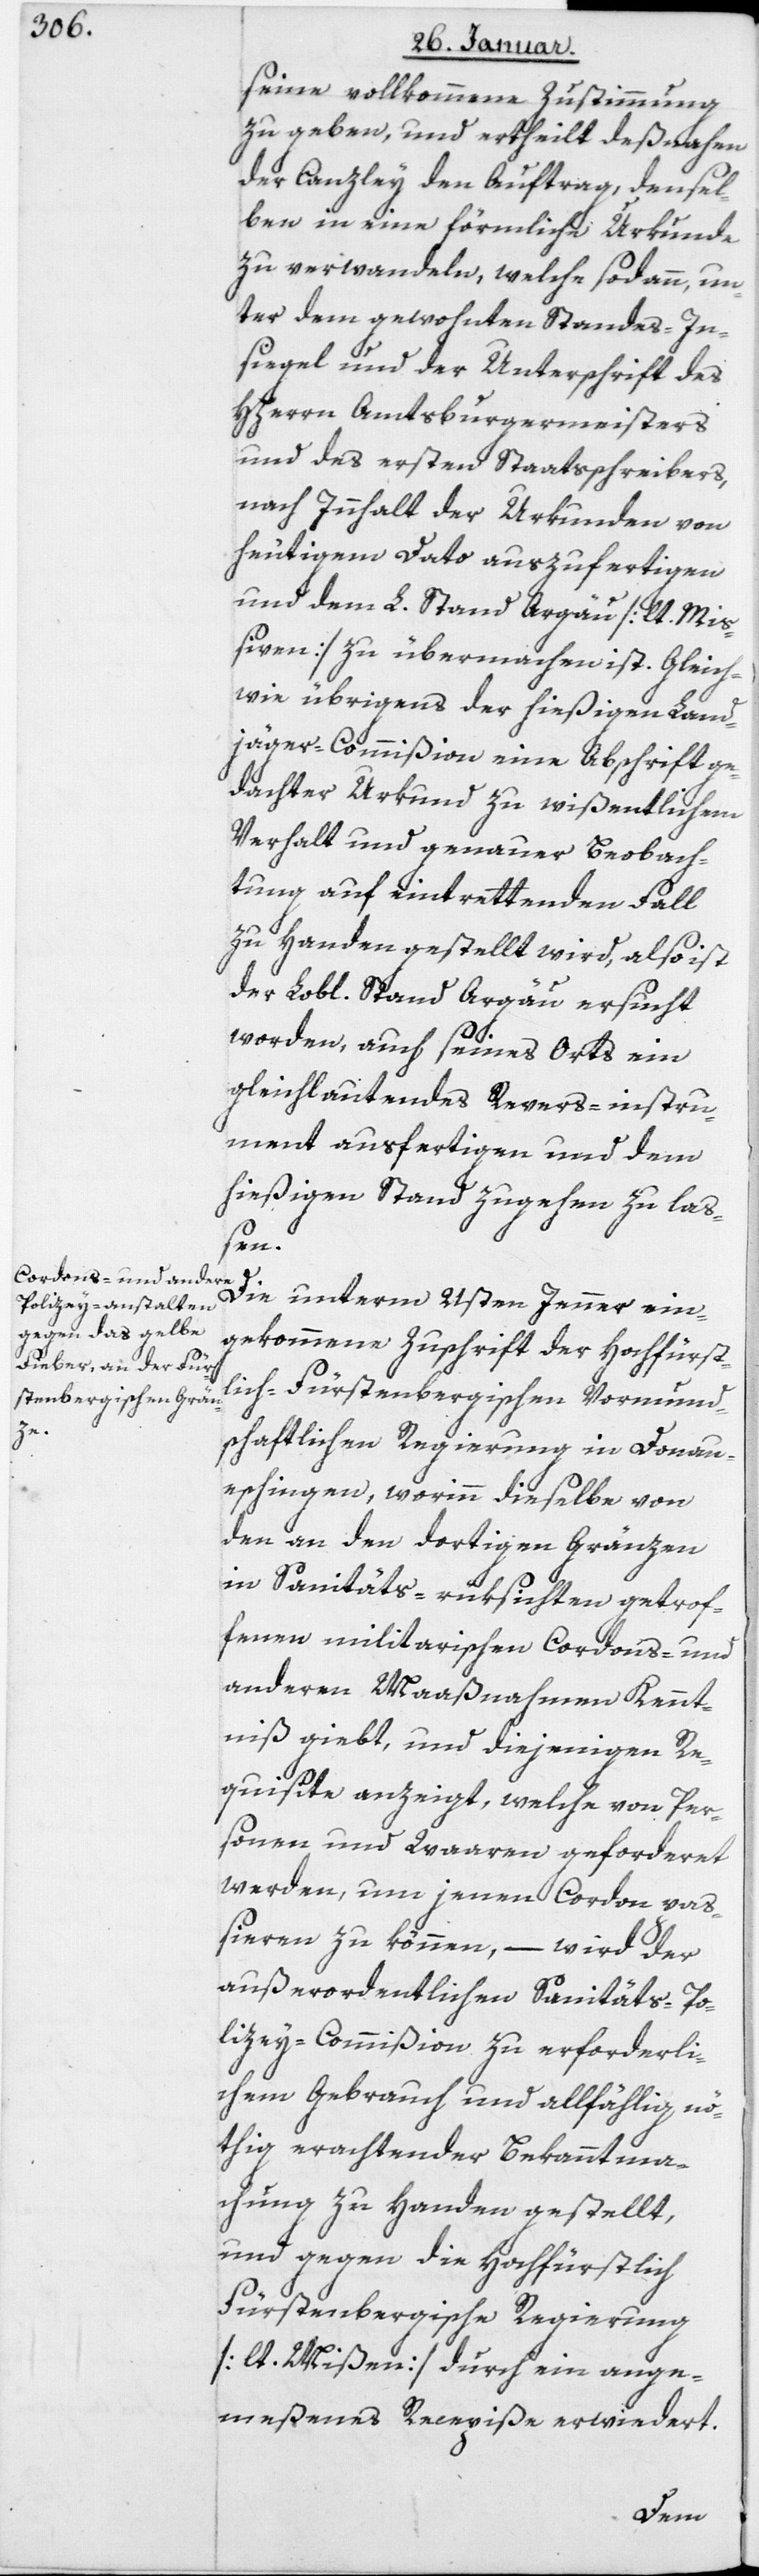
seine vollkommene Zustimmung
zu geben, und ertheilt deßnahen
der Canzley den Auftrag, densel¬
ben in eine förmliche Urkunde
zu verwandeln, welche sodann, un¬
ter dem gewohnten Standes-In¬
siegel und der Unterschrift des
HHerrn Amtsburgermeisters
und des ersten Staatschreibers,
nach Innhalt der Urkunden von
heutigem Dato auszufertigen
und dem Lobl. Stand Argau [lt. Mi¬
ßiven] zu übermachen ist. Gleich
wie übrigens der hießigen Land¬
jäger-Commißion eine Abschrift ge¬
dachter Urkund zu wißentlichem
Verhalt und genauer Beobach¬
tung auf eintrettenden Fall
zu Handen gestellt wird, also ist
der Lobl. Stand Argau ersucht
worden, auch seines Orts ein
gleichlautendes Revers-Instru¬
ment ausfertigen und dem
hießigen Stand zugehen zu laß¬
en.
Die unterm 21sten Jenner ein¬
gekommene Zuschrift der Hochfürst¬
lich Fürstenbergischen Vormund¬
schaftlichen Regierung in Donau¬
eschingen, worin dieselbe von
den an den dortigen Gränzen
in Sanitäts-rüksichten getrof¬
fenen militarischen Cordons- und
anderen Maaßnahmen Kennt¬
niß giebt, und diejenigen Re¬
quisite anzeigt, welche von Per¬
sonen und Waaren geforderet
werden, um jenen Cordon pa¬
ßieren zu können, – wird der
außerordentlichen Sanitäts-Po¬
lizey-Commißion zu erforderli¬
chem Gebrauch und allfählig nö¬
thig erachtender Bekanntma¬
chung zu Handen gestellt,
und gegen die Hochfürstlich
Fürstenbergische Regierung
[lt. Mißiven] durch ein ange¬
meßenes Recepiße erwideret.